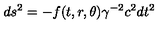
d s ^ { 2 } = - f ( t , r , \theta ) \gamma ^ { - 2 } c ^ { 2 } d t ^ { 2 }